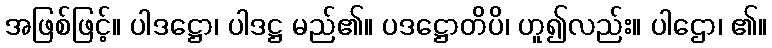
အဖြစ်ဖြင့်။ ပါဒဋ္ဌော၊ ပါဒဋ္ဌ မည်၏။ ပဒဋ္ဌောတိပိ၊ ဟူ၍လည်း။ ပါဌော၊ ၏။